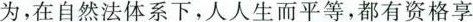
为，在自然法体系下，人人生而平等，都有资格享